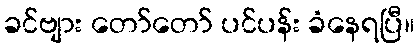
ခင်ဗျား တော်တော် ပင်ပန်း ခံနေရပြီ။